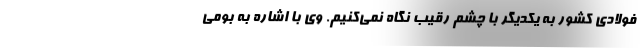
فولادی کشور به یکدیگر با چشم رقیب نگاه نمی‌کنیم. وی با اشاره به بومی